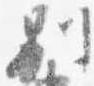
別